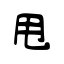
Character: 甩